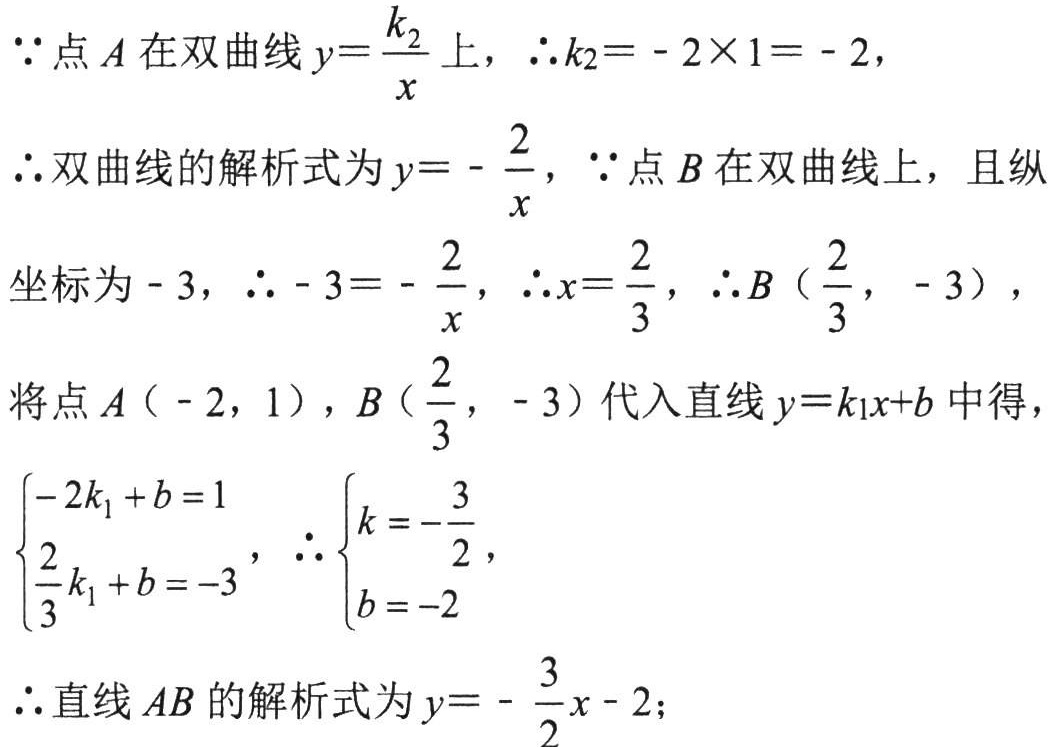
\(\because\)点\(A\)在双曲线\(y = \frac{k_{2}}{x}\)上，\(\therefore k_{2}=-2\times1 = - 2\)，

\(\therefore\)双曲线的解析式为\(y = -\frac{2}{x}\)，\(\because\)点\(B\)在双曲线上，且纵坐标为\(-3\)，\(\therefore - 3 = -\frac{2}{x}\)，\(\therefore x = \frac{2}{3}\)，\(\therefore B(\frac{2}{3}, - 3)\)，

将点\(A(-2,1)\)，\(B(\frac{2}{3}, - 3)\)代入直线\(y = k_{1}x + b\)中得，

\(\begin{cases}-2k_{1}+b = 1\\\frac{2}{3}k_{1}+b = - 3\end{cases}\)，\(\therefore\begin{cases}k = -\frac{3}{2}\\b = - 2\end{cases}\)，

\(\therefore\)直线\(AB\)的解析式为\(y = -\frac{3}{2}x - 2\)；